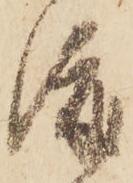
渡